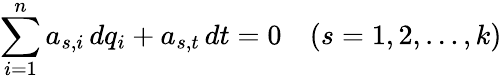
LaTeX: \sum_{i=1}^{n}a_{s,i}\, dq_{i}+a_{s,t}\, dt=0~~~~(s=1,2,\ldots,k)